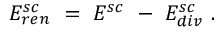
{ \cal E } _ { r e n } ^ { s c } \ = \ { \cal E } ^ { s c } \ - \ { \cal E } _ { d i v } ^ { s c } \ .